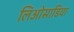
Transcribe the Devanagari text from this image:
लिओसाडिया